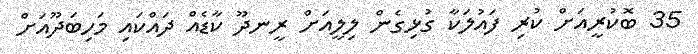
35 ބޮކުރީއަށް ކުރި ފައުލަކާ ގުޅިގެން ލިލީއަށް ރީނދޫ ކާޑެއް ދައްކައި މަހިބަދޫއަށް